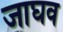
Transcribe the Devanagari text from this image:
जाघव